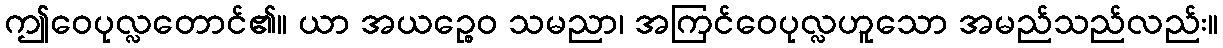
ဤဝေပုလ္လတောင်၏။ ယာ အယဉ္စေဝ သမညာ၊ အကြင်ဝေပုလ္လဟူသော အမည်သည်လည်း။